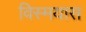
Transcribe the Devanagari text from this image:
विस्मयास